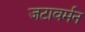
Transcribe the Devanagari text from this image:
जटावर्मन